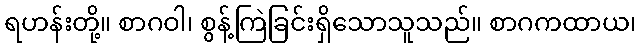
ရဟန်းတို့။ စာဂဝါ၊ စွန့်ကြဲခြင်းရှိသောသူသည်။ စာဂကထာယ၊